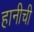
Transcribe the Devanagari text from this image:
हानीची